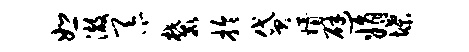
恕澈忝麓拎贷婿避娟堞